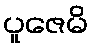
ပူဇေမိ